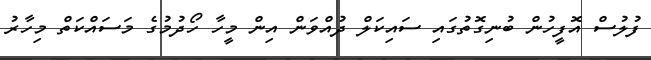
ފުލުސް އޮފީހުން ބުނިގޮތުގައި ސައިކަލް ދުއްވަން އިން މީހާ ހޯދުމުގެ މަސައްކަތް މިހާރު